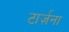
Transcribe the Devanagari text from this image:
टार्ज़ना